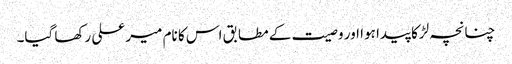
چنانچہ لڑکا پیدا ہوا اور وصیت کے مطابق اس کا نام میر علی رکھا گیا۔